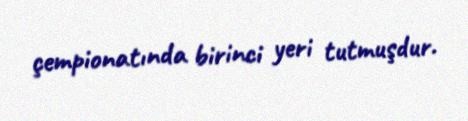
çempionatında birinci yeri tutmuşdur.